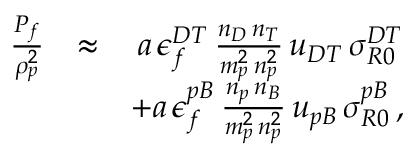
\begin{array} { r l r } { \frac { P _ { f } } { \rho _ { p } ^ { 2 } } } & { \approx } & { a \, \epsilon _ { f } ^ { D T } \, \frac { n _ { D } \, n _ { T } } { m _ { p } ^ { 2 } \, n _ { p } ^ { 2 } } \, u _ { D T } \, \sigma _ { R 0 } ^ { D T } } \\ & { } & { + a \, \epsilon _ { f } ^ { p B } \, \frac { n _ { p } \, n _ { B } } { m _ { p } ^ { 2 } \, n _ { p } ^ { 2 } } \, u _ { p B } \, \sigma _ { R 0 } ^ { p B } \, , } \end{array}